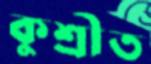
কুশ্রীত